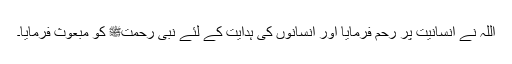
اللہ نے انسانیت پر رحم فرمایا اور انسانوں کی ہدایت کے لئے نبی رحمتﷺ کو مبعوث فرمایا۔